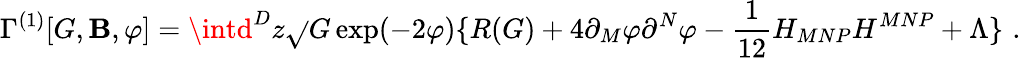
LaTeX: \Gamma^{(1)}[G,\mathbf{B},\varphi]=\intd^{D}z\sqrt{}{{G}}\exp(-2\varphi)\{ R(G)+4\partial_{M}\varphi\partial^{N}\varphi-\frac{{1}}{{12}}H_{MNP}H^{MNP}+\Lambda\} \, \, .